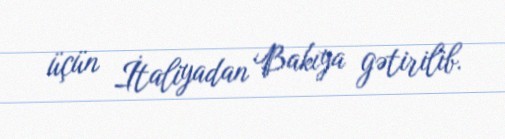
üçün İtaliyadan Bakıya gətirilib.